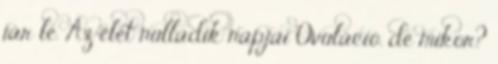
jár le. Az élet nulladik napjai Ovuláció. de mikor?